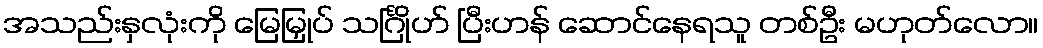
အသည်းနှလုံးကို မြေမြှုပ် သင်္ဂြိုဟ် ပြီးဟန် ဆောင်နေရသူ တစ်ဦး မဟုတ်လော။